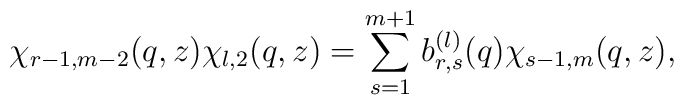
\chi_{r-1,m-2}(q,z)\chi_{l,2}(q,z)=\sum_{s=1}^{m+1}b_{r,s}^{(l)}(q)\chi_{s-1,m}(q,z),